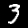
Digit: 3